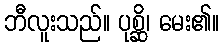
ဘီလူးသည်။ ပုစ္ဆိ၊ မေး၏။